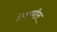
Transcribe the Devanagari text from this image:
हेगमधील